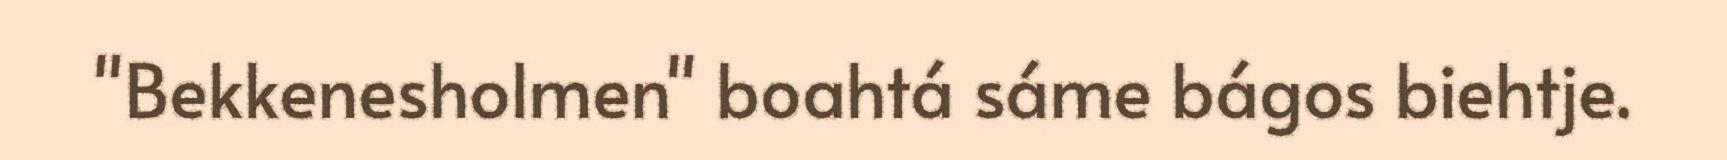
"Bekkenesholmen" boahtá sáme bágos biehtje.